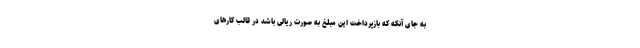
به جای آنکه که بازپرداخت این مبلغ به صورت ریالی باشد در قالب کارهای